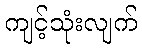
ကျင့်သုံးလျက်